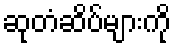
ဆုတံဆိပ်များကို